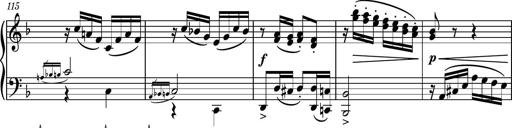
Title: Piano Sonatina No.8
Composer: Dimitri Sykias
Key: F major